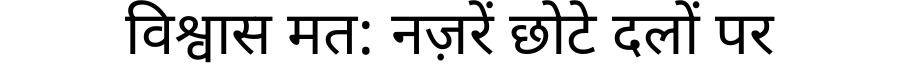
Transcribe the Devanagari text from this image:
विश्वास मत: नज़रें छोटे दलों पर